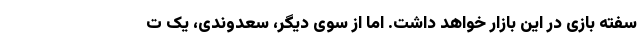
سفته بازی در این بازار خواهد داشت. اما از سوی دیگر، سعدوندی، یک ت